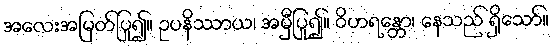
အလေးအမြတ်ပြု၍။ ဥပနိဿာယ၊ အမှီပြု၍။ ဝိဟရန္တော၊ နေသည် ရှိသော်။